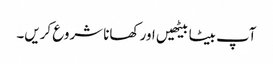
آپ بیٹا بیٹھیں اور کھانا شروع کریں۔